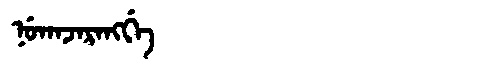
Manchu: ᠨᡠᡴᠠᠵᠠᡵᠠᠩᡤᡝ
Romanization: NUKAJARANGGE